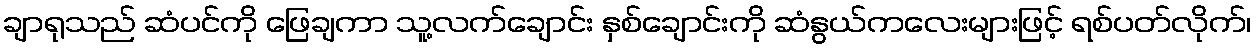
ချာရုသည် ဆံပင်ကို ဖြေချကာ သူ့လက်ချောင်း နှစ်ချောင်းကို ဆံနွယ်ကလေးများဖြင့် ရစ်ပတ်လိုက်၊